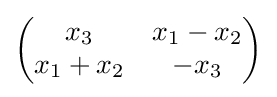
\left({\begin{matrix}x_{3}&x_{1}-x_{2}\\x_{1}+x_{2}&-x_{3}\end{matrix}}\right)